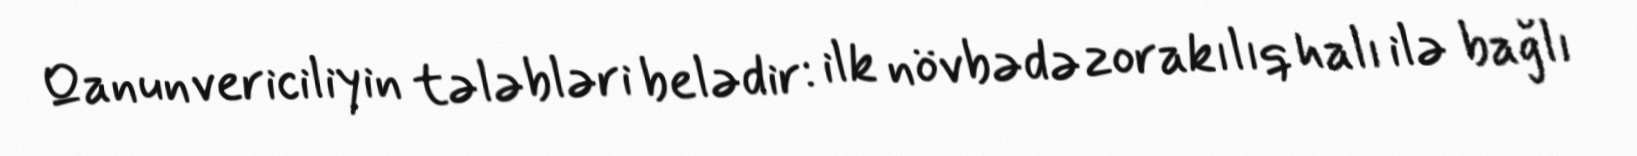
Qanunvericiliyin tələbləri belədir: ilk növbədə zorakılıq halı ilə bağlı